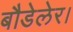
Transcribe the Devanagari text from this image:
बौडेलेर।